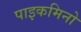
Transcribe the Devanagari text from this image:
पाइकमिनो